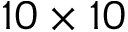
1 0 \times 1 0